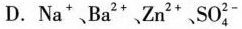
D. Na^{+}、Ba^{2+}、Zn^{2+}、SO_{4}^{2-}